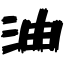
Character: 油